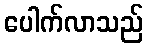
ပေါက်လာသည်